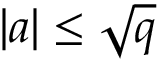
| a | \leq { \sqrt { q } }